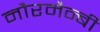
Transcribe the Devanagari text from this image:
नौरमैन्बी